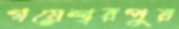
গয়েশ্বরপুর